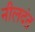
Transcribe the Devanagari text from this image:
नीलदंत